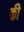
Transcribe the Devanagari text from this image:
की